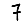
Digit: 7